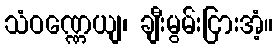
သံဝဏ္ဏေယျ၊ ချီးမွမ်းငြားအံ့။